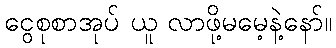
ငွေစုစာအုပ် ယူ လာဖို့မမေ့နဲ့နော်။